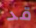
قد